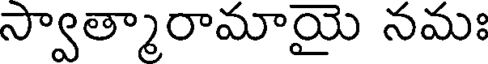
స్వాత్మారామాయై నమః